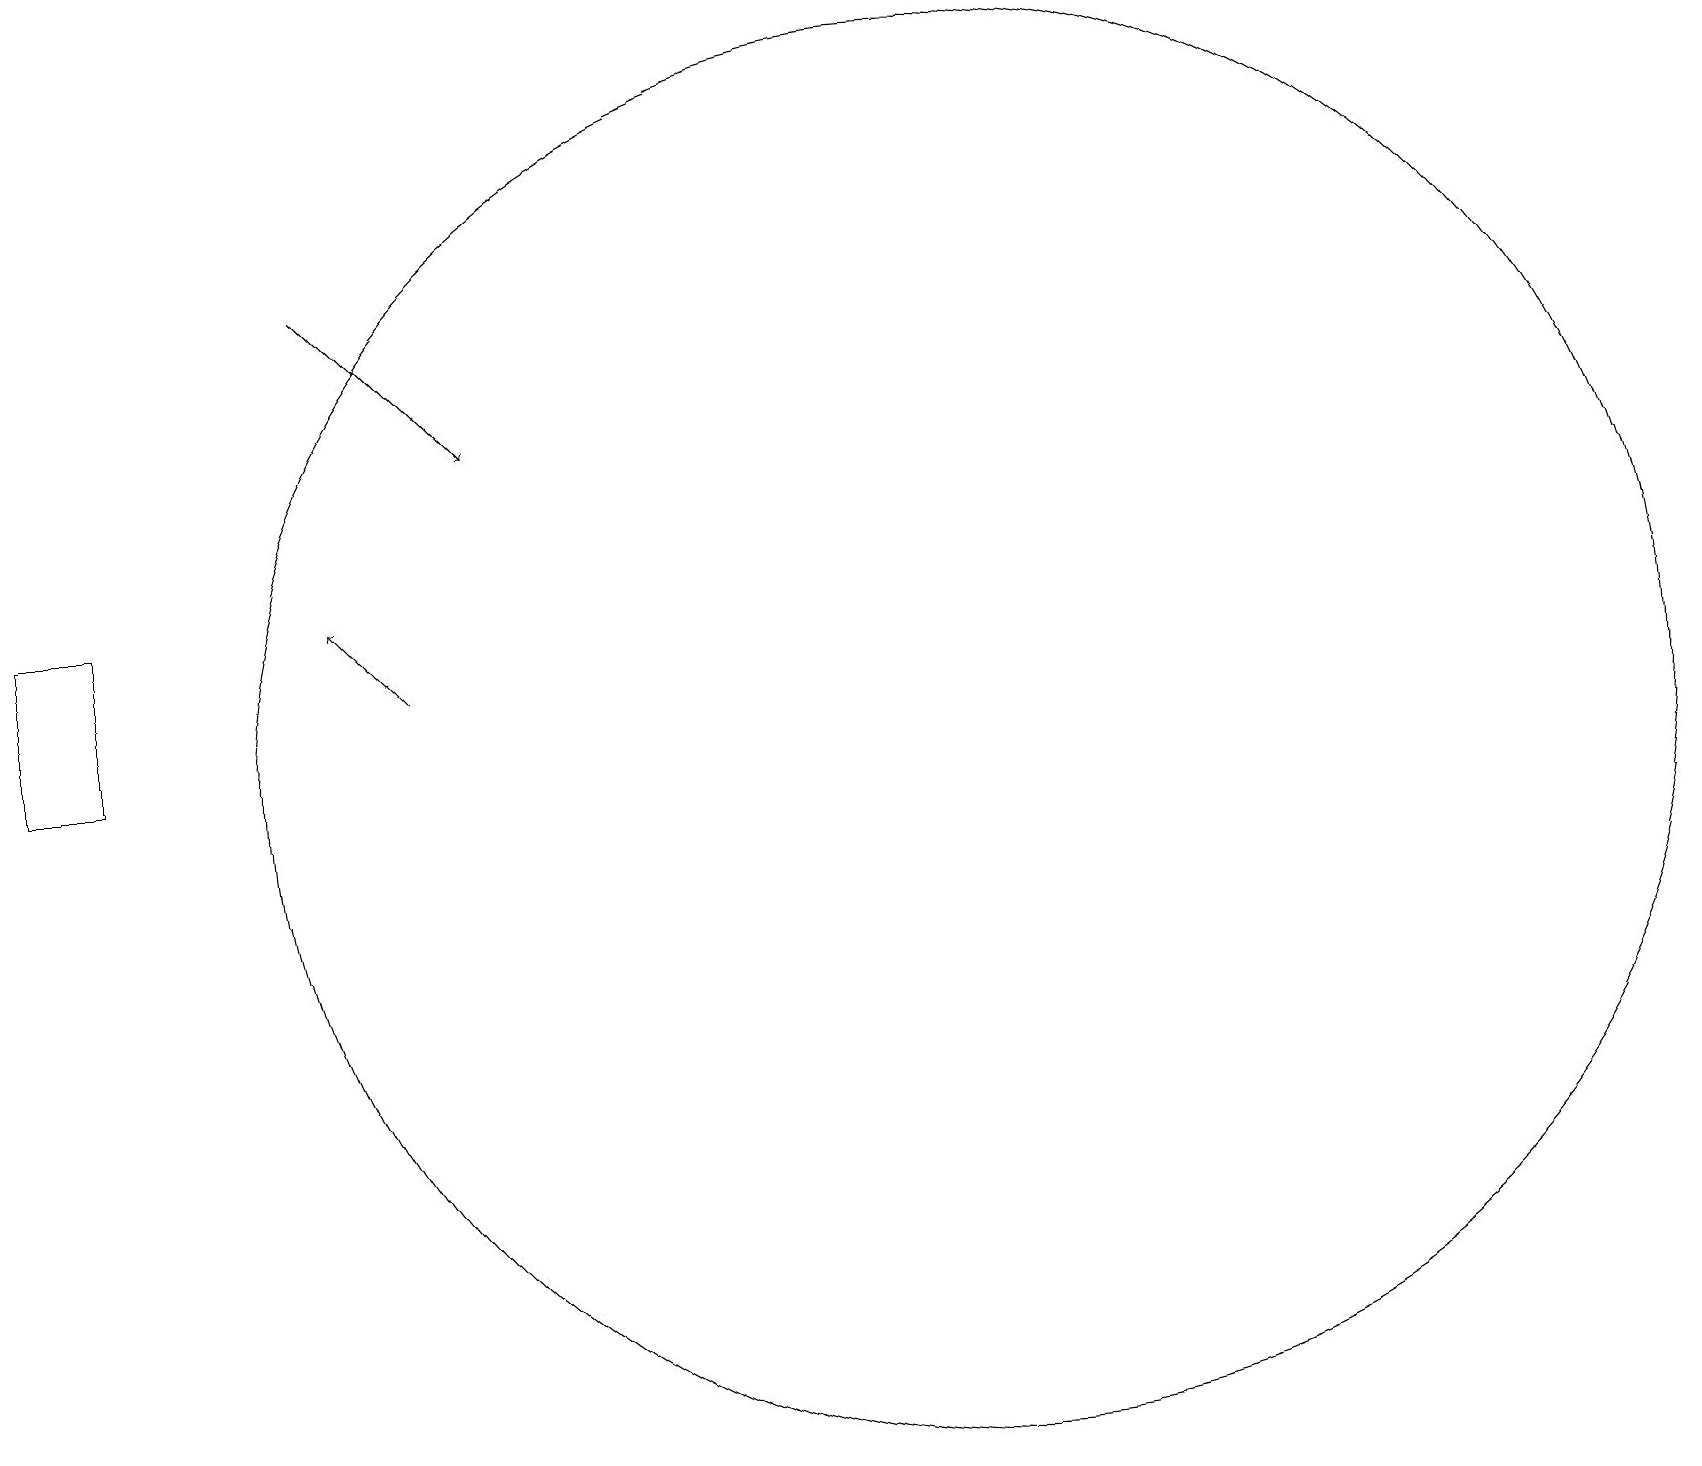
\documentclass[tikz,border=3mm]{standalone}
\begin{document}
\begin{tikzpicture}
\draw (12,10) circle (9);
\draw[->] (5,11) -- (4,12);
\draw[->] (4,16) -- (6,14);
\draw (0,10) rectangle (1,12);
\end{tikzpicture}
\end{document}